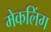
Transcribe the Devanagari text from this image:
मेकलिंग